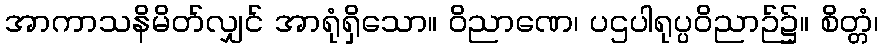
အာကာသနိမိတ်လျှင် အာရုံရှိသော။ ဝိညာဏေ၊ ပဌပါရုပ္ပဝိညာဉ်၌။ စိတ္တံ၊